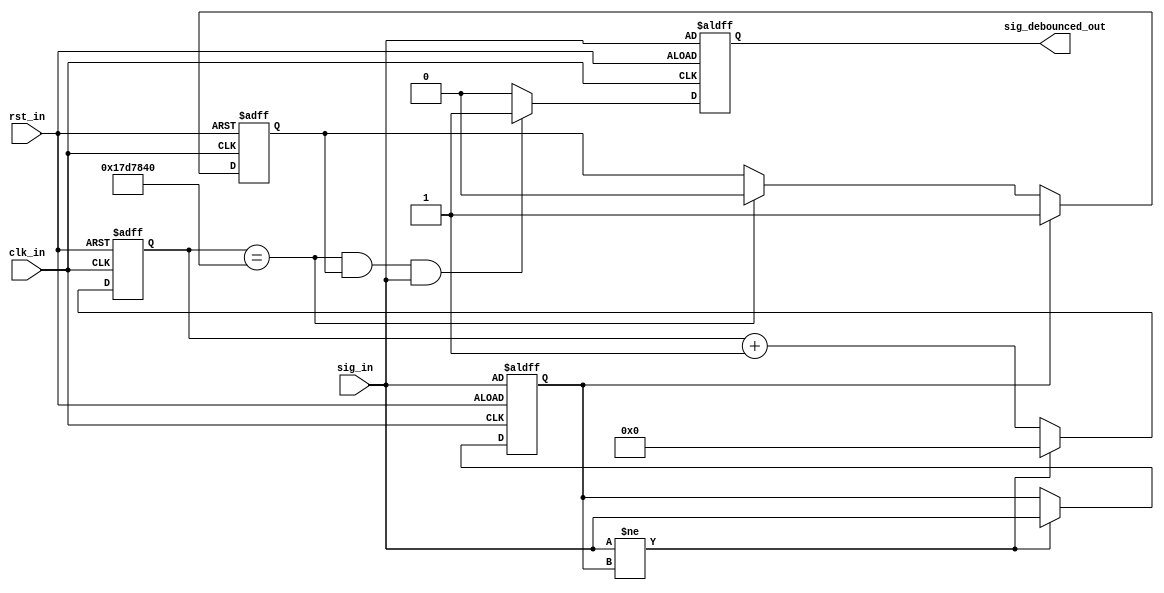
`timescale 1ns / 10ps
//////////////////////////////////////////////////////////////////////////////////
//
// Copyright Northeastern University 2010
// Modified by: Majid Sabbagh with help of Tlalit Bruno
//////////////////////////////////////////////////////////////////////////////////
module debounce (
   input wire clk_in,
   input wire rst_in,
   input wire sig_in,
   output reg sig_debounced_out);
   
   parameter NDELAY = 25000000;
   parameter NBITS = 26;

   reg [NBITS-1:0] count0;
   reg [NBITS-1:0] count1;
   reg xnew0;
   reg xnew1;
   reg toggle0;
   reg toggle1;
   
   wire RST_in;
   wire cnt_done0;
   wire cnt_done1;
   assign RST_in = rst_in;
   //assign CLK_out = clk_in;

   ////////// Button 0 Processes //////////
   // Count 1 process
   assign cnt_done0 = (count0 == NDELAY);
   always @(posedge clk_in or posedge RST_in) begin
      if (RST_in) count0 <= 0;
      else if (sig_in != xnew0) count0 <= 0;
      else count0 <= count0 + 1;
   end

   // xnew1 process
   always @(posedge clk_in or posedge RST_in) begin
      if (RST_in) xnew0 <= sig_in;
      else if (sig_in != xnew0) xnew0 <= sig_in;
      else xnew0 <= xnew0;
   end

   // Toggle1 process
   always @(posedge clk_in or posedge RST_in) begin
      if (RST_in) toggle0 <= 0;
      else if (xnew0) toggle0 <= 1;
      else if (cnt_done0) toggle0 <= 0;
      else toggle0 <= toggle0;
   end

   // sig_debounced_out process
   always @(posedge clk_in or posedge RST_in) begin
      if (RST_in) sig_debounced_out <= sig_in;
      else if (cnt_done0 & toggle0 & sig_in) sig_debounced_out <= 1;
      else sig_debounced_out <= 0;
   end

   ////////// End Button 0 Processes //////////
   
endmodule